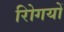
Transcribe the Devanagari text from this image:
रोिगयों